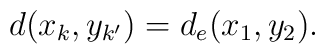
d(x_k, y_{k'})= d_e(x_1, y_2).